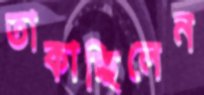
তাকাচ্ছিলেন